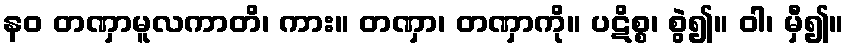
နဝ တဏှာမူလကာတိ၊ ကား။ တဏှာ၊ တဏှာကို။ ပဋိစ္စ၊ စွဲ၍။ ဝါ၊ မှီ၍။